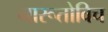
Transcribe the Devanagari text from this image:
नारूतोविच